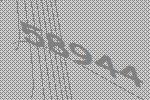
58944